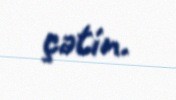
çətin.